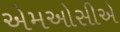
એમઓસીએ